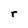
Character: r